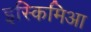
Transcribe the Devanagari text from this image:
इस्किमिआ